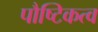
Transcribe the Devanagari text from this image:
पौष्टिकत्व